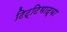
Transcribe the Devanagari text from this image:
टिट्‌टिभाद्या